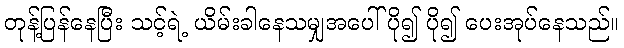
တုန့်ပြန်နေပြီး သင့်ရဲ့ ယိမ်းခါနေသမျှအပေါ် ပို၍ ပို၍ ပေးအုပ်နေသည်။